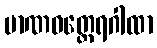
မာဏဝတ္ထေရဂါထာ